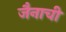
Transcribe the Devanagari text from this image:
जैनाची